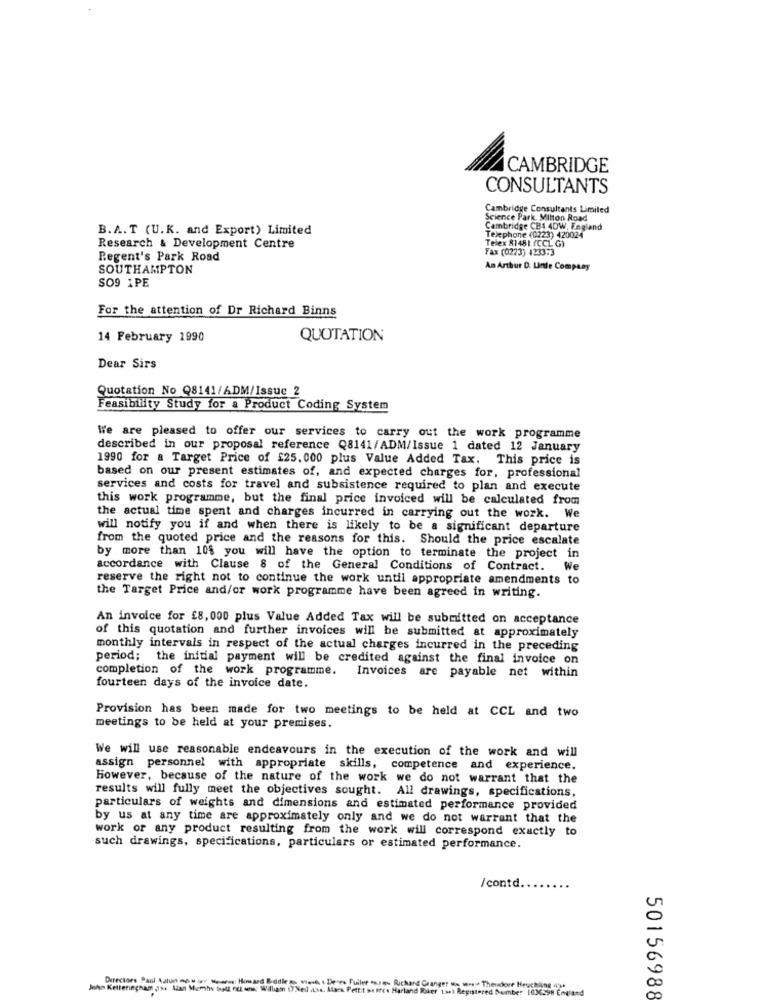
CAMBRIDGE
CONSULTANTS
Cambridge Consultants Limited
Science Park, Milton Road
B.A. T (U.K. and Export) Limited
Cambridge CB1 4DW, England
Telephone (0223) 420024
Research & Development Centre
Fax (0223) #233:3
Telex 81481 (CCL G)
Regent's Park Road
SOUTHAMPTON
An Arthur D. Linte Company
SO9 1PE
For the attention of Dr Richard Binns
14 February 1990
QUOTATION
Dear Sirs
Quotation No Q8141/ADM/Issue 2
Feasibility Study for a Product Coding System
We are pleased to offer our services to carry out the work programme
described in our proposal reference Q8141/ADM/Issue 1 dated 12 January
1990 for a Target Price of £25. 000 plus Value Added Tax. This price is
based on our present estimates of, and expected charges for. professional
services and costs for travel and subsistence required to plan and execute
this work programme, but the final price invoiced will be calculated from
the actual time spent and charges incurred in carrying out the work. We
will notify you if and when there is likely to be a significant departure
from the quoted price and the reasons for this. Should the price escalate
by more than 106 you will have the option to terminate the project in
accordance with Clause 8 of the General Conditions of Contract.
We
reserve the right not to continue the work until appropriate amendments to
the Target Price and/or work programme have been agreed in writing.
An invoice for £8, 000 plus Value Added Tax will be submitted on acceptance
of this quotation and further invoices will be submitted at approximately
monthly intervals in respect of the actual charges incurred in the preceding
period; the initial payment will be credited against the final invoice on
completion of the work programme.
Invoices are payable net within
fourteen days of the invoice date.
Provision has been made for two meetings to be held at CCL and two
meetings to be held at your premises.
We will use reasonable endeavours in the execution of the work and will
assign personnel with appropriate sicills, competence and experience.
However, because of the nature of the work we do not warrant that the
results will fully meet the objectives sought. All drawings, specifications,
particulars of weights and dimensions and estimated performance provided
by us at any time are approximately only and we do not warrant that the
work or any product resulting from the work will correspond exactly to
such drawings, specifications, particulars or estimated performance.
/contd.
Jehn Ketteringnam Js. Alan Memshy toatt nul wne William ONed .sa. Alack Pettit Becs Harland Rover 13al Registered Member 103598 England
Directors Paul Aatun mou wy Mesmas Homard Bodle to, west . Deres Fuilet som Ruchand Granger wo ww. Thendoer Heuching 4
50156988